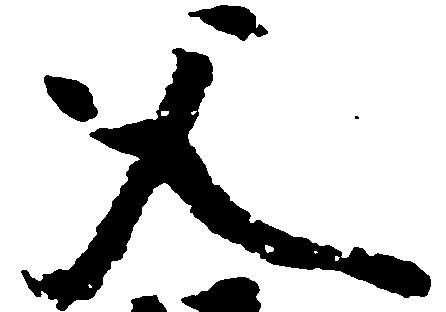
父